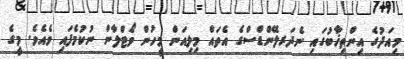
މިއަދުގެ އިންތިޚާބުގައި ނެދަރލޭންޑްސްގެ އެތައް މިލިއަން މީހުން ވޯޓްލާން ނުކުމެފައި ވެއެވެ. މީގެ